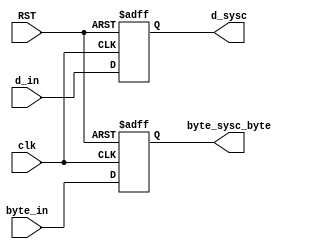
//---------------------------------------------------------------------
// Project		: LED Display 
// Module Name	: Synchronizer.v
// Company		: Flex
//----------------------------------------------------------------------
// Description : 
// synchronizes a 1-bit and 8-bit signal to the clcok

//------------------------------------------------------------------------
// Changes: 

////----------------------------------------------------------------------
// Notes:

module Synchronizer(d_in, byte_in, clk, RST, d_sysc, byte_sysc_byte);
	input d_in, clk, RST;
	input [7:0] byte_in;
	
	output reg d_sysc;
	output reg [7:0] byte_sysc_byte;
	 
	always@(posedge clk or negedge RST)begin
		if(!RST) begin
			byte_sysc_byte <= 0;
			d_sysc <= 0;
		end
		else begin
			byte_sysc_byte <= byte_in;
			d_sysc <= d_in;
		end
	end
endmodule